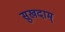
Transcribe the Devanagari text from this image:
सुखदाम्